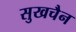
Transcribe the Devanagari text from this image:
सुखचैन